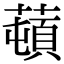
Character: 𦼿